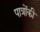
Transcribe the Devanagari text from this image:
पात्रोंकी